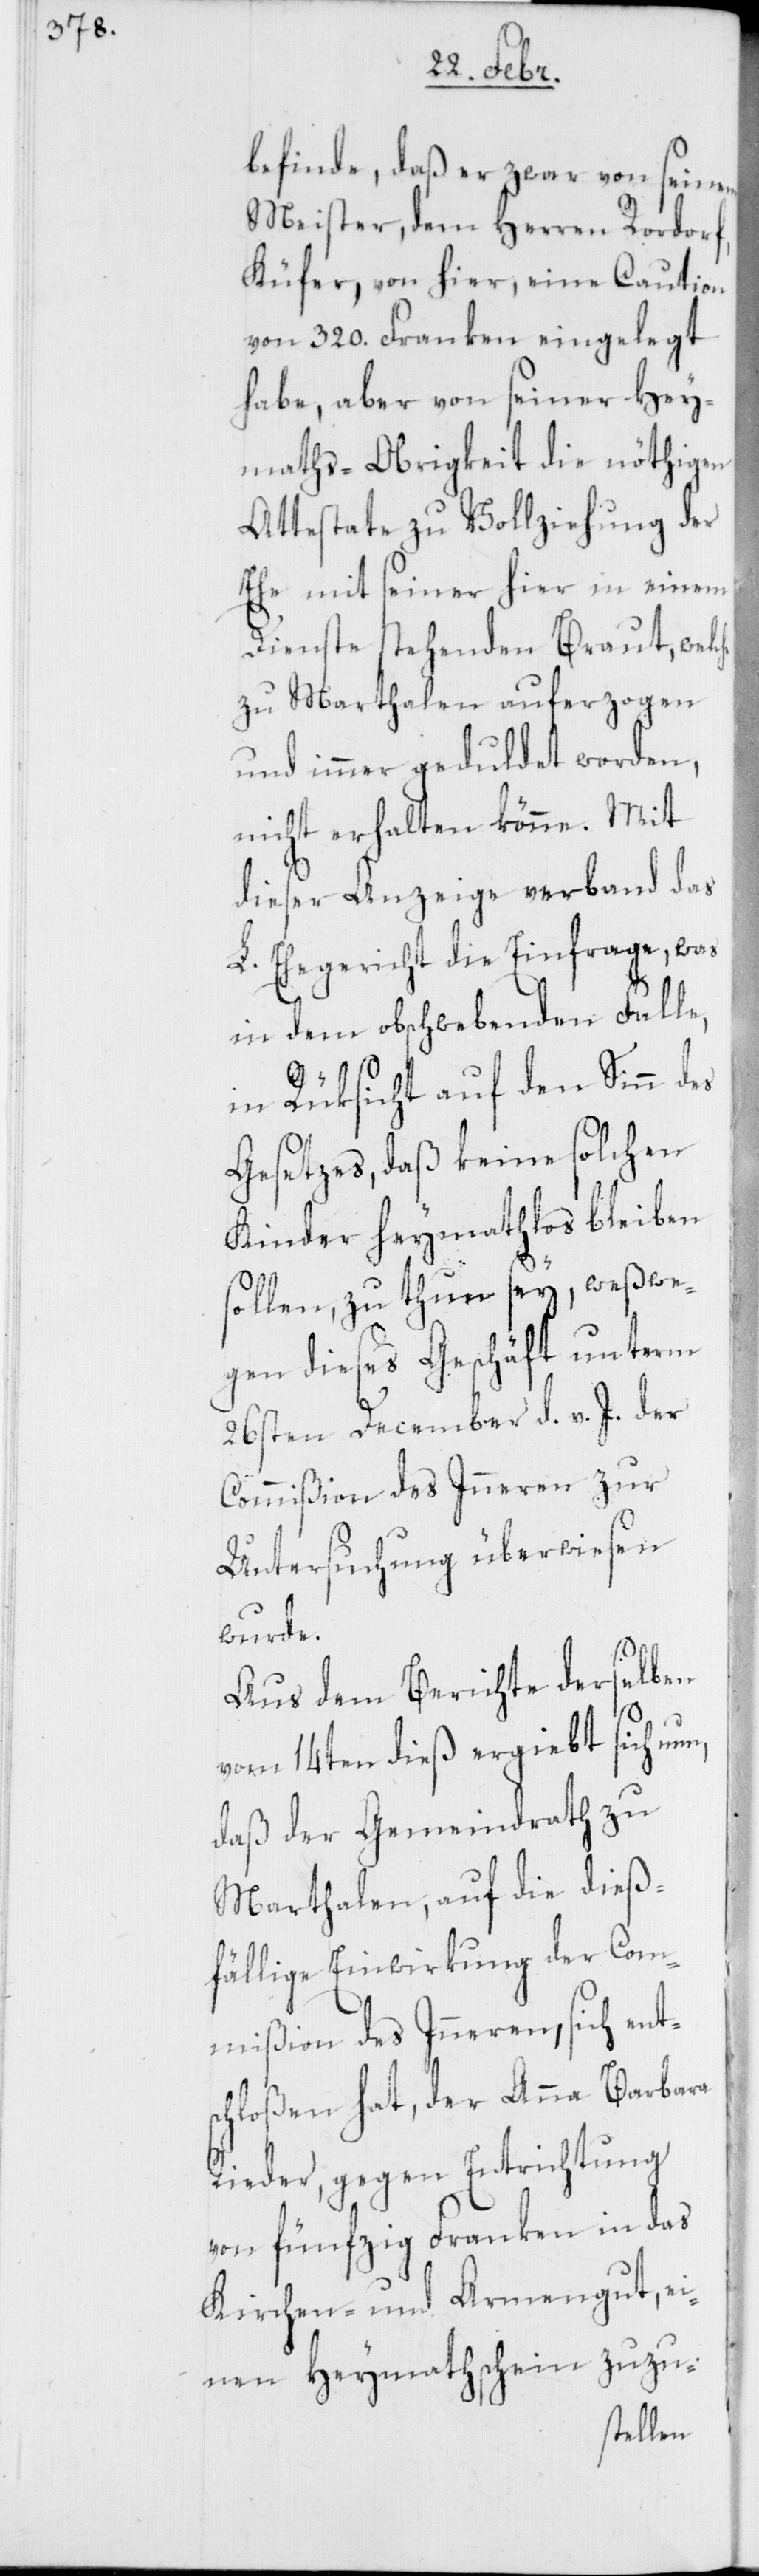
he

befinde, daß er zwar von seinem
Meister, dem Herren Rordorf,
Küfer, von hier, eine Caution
von 320. Franken eingelegt
habe, aber von seiner Hey¬
maths-Obrigkeit die nöthigen
Attestate zu Vollziehung der
Ehe mit seiner hier in einem
Dienste stehenden Braut, welc¬
zu Marthalen auferzogen
und immer geduldet worden,
nicht erhalten könne. Mit
dieser Anzeige verband das
L. Ehegericht die Einfrage, was
in dem obschwebenden Falle,
in Rüksicht auf den Sinn des
Gesetzes, daß keine solchen
Kinder heymathhlos bleiben
sollen, zu thun sey, weswe¬
gen dieses Geschäft unterm
26sten December d. v. J. der
Commißion des Inneren zur
Untersuchung überwiesen
wurde.
Aus dem Berichte derselben
vom 14ten dieß ergiebt sich nun,
daß der Gemeindrath zu
Marthalen, auf die dieß¬
fällige Einwirkung der Com¬
mißion des Inneren, sich ent¬
schloßen hat, der Anna Barbara
Rieder, gegen Entrichtung
von fünfzig Franken in das
Kirchen- und Armengut, ei¬
nen Heymathschein zuzu-